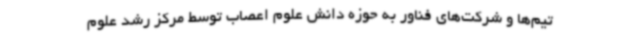
تیم‌ها و شرکت‌های فناور به حوزه دانش علوم اعصاب توسط مرکز رشد علوم